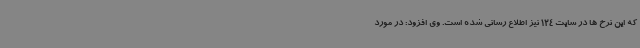
که این نرخ ها در سایت 124 نیز اطلاع رسانی شده است. وی افزود: در مورد